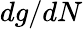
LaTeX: dg/dN